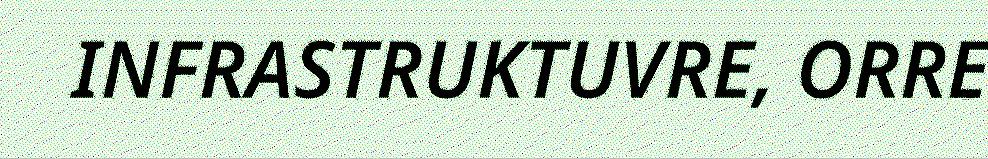
INFRASTRUKTUVRE, ORRE